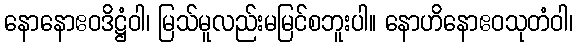
နောနောဧဝဒိဋ္ဌံဝါ၊ မြသ်မူလည်းမမြင်စဘူးပါ။ နောဟိနောဧဝသုတံဝါ၊